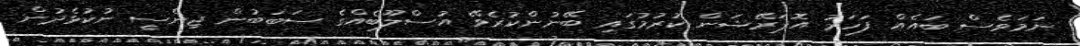
ނަމަވެސް ބައެއް ފަހަރު އޮޕަރޭޝަން ކުރުމުގައި ބޭނުންކުރެވޭ އުސްލޫބެއްގެ ސަބަބުން ޖިންސީ ނުކުޅެދުން